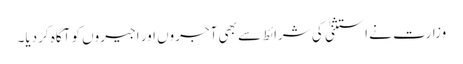
وزارت نے استثنیٰ کی شرائط سے بھی آجروں اور اجیروں کو آگاہ کردیا۔